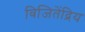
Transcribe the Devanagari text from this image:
विजितेंद्रिय